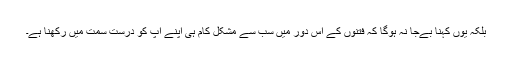
بلکہ یوں کہنا بےجا نہ ہوگا کہ فتنوں کے اس دور میں سب سے مشکل کام ہی اپنے آپ کو درست سمت میں رکھنا ہے۔